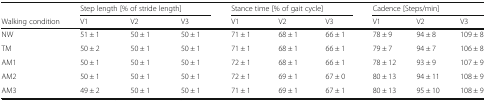
<table><thead><tr><td></td><td colspan="3"><b>Step length [% of stride length]</b></td><td colspan="3"><b>Stance time [% of gait cycle]</b></td><td colspan="3"><b>Cadence [Steps/min]</b></td></tr><tr><td><b>Walking condition</b></td><td><b>V1</b></td><td><b>V2</b></td><td><b>V3</b></td><td><b>V1</b></td><td><b>V2</b></td><td><b>V3</b></td><td><b>V1</b></td><td><b>V2</b></td><td><b>V3</b></td></tr></thead><tbody><tr><td>NW</td><td>51 ± 1</td><td>50 ± 1</td><td>50 ± 1</td><td>71 ± 1</td><td>68 ± 1</td><td>66 ± 1</td><td>78 ± 9</td><td>94 ± 8</td><td>109 ± 8</td></tr><tr><td>TM</td><td>50 ± 2</td><td>50 ± 1</td><td>50 ± 1</td><td>71 ± 1</td><td>68 ± 1</td><td>66 ± 1</td><td>79 ± 7</td><td>94 ± 7</td><td>106 ± 8</td></tr><tr><td>AM1</td><td>50 ± 1</td><td>50 ± 1</td><td>50 ± 1</td><td>72 ± 1</td><td>68 ± 1</td><td>66 ± 1</td><td>78 ± 12</td><td>93 ± 9</td><td>107 ± 9</td></tr><tr><td>AM2</td><td>50 ± 1</td><td>50 ± 1</td><td>50 ± 1</td><td>72 ± 1</td><td>69 ± 1</td><td>67 ± 0</td><td>80 ± 13</td><td>94 ± 11</td><td>108 ± 9</td></tr><tr><td>AM3</td><td>49 ± 2</td><td>50 ± 1</td><td>50 ± 1</td><td>71 ± 1</td><td>69 ± 1</td><td>67 ± 1</td><td>80 ± 13</td><td>95 ± 10</td><td>108 ± 9</td></tr></tbody></table>